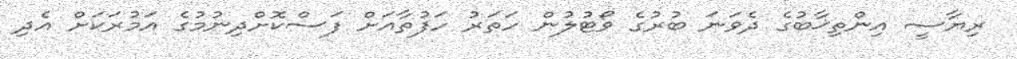
ރިޔާސީ އިންތިޚާބުގެ ދެވަނަ ބުރުގެ ވޯޓުލުން ހަތަރު ހަފުތާއަށް ފަސްކޮށްދިނުމުގެ އަމުރަކަށް އެދި